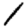
Digit: 1